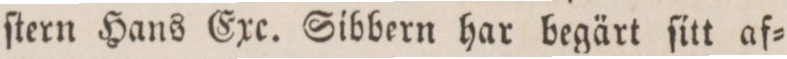
ſtern Hans Exc. Sibbern har begärt ſitt af=